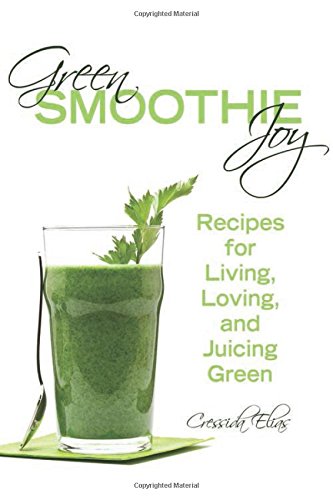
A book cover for Green Smoothie Joy: Recipes for Living, Loving, and Juicing Green; Cressida Elias; Cookbooks, Food & Wine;